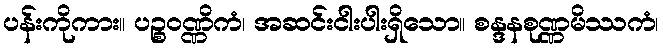
ပန်းကိုကား။ ပဉ္စဝဏ္ဏိကံ၊ အဆင်းငါးပါးရှိသော။ စန္ဒနစုဏ္ဏမိဿကံ၊